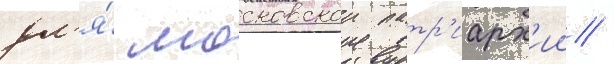
дл'я́ московскои патр'иарх'ии /